Cholera in India, 1862 to 1881
Year: 1862
Disease focus: Cholera
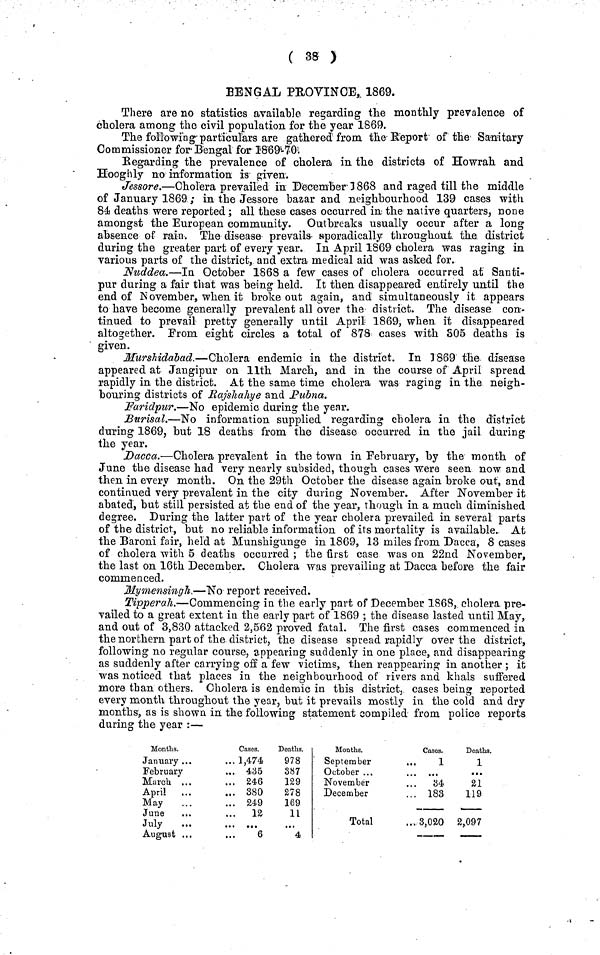
( 38 )
BENGAL PROVINCE, 1869.
There are no statistics available regarding the monthly prevalence of
cholera among the civil population for the year 1869.
The following particulars are gathered from the Report of the Sanitary
Commissioner for Bengal for 1869-70
Regarding the prevalence of cholera in the districts of Howrah and
Hooghly no information is given.
Jessore.—Cholera prevailed in December 3 868 and raged till the middle
of January 1869 ; in the Jessore bazar and neighbourhood 139 cases with
84 deaths were reported ; all these cases occurred in the native quarters, none
amongst the European community. Outbreaks usually occur after a long
absence of rain. The disease prevails sporadically throughout the district
during the greater part of every year. In April 1869 cholera was raging in
various parts of the district, and extra medical aid was asked for.
Nuddea.—In October 1868 a few cases of cholera occurred at Santi-
pur during a fair that was being held. It then disappeared entirely until the
end of November, when it broke out again, and simultaneously it appears
to have become generally prevalent all over the district. The disease con-
tinued to prevail pretty generally until April 1869, when it disappeared
altogether. From eight circles a total of 878 cases with S05 deaths is
given.
Murshidabad.—Cholera endemic in the district. In 1869 the disease
appeared at Jangipur on llth March, and in the course of April spread
rapidly in the district. At the same time cholera was raging in the neigh-
bouring districts of Rajshahye and Pubna.
Faridpur.—No epidemic during the year.
Burisal.—No information supplied regarding cholera in the district
during 1869, but 18 deaths from the disease occurred in the jail during
the year.
Dacca.—Cholera prevalent in the town in February, by the month of
June the disease had very nearly subsided, though cases were seen now and
then in every month. On the 29th October the disease again broke out, and
continued very prevalent in the city during November. After November it
abated, but still persisted at the end of the year, though in a much diminished
degree. During the latter part of the year cholera prevailed in several parts
of the district·, but no reliable information of its mortality is available. At
the Baroni fair, held at Munshigunge in 1869, 13 miles from Dacca, 8 cases
of cholera with 5 deaths occurred ; the first case was on 22nd November,
the last on 16th December. Cholera was prevailing at Dacca before the fair
commenced.
Mymensingh.—No report received.
Tipperah.—Commencing in the early part of December 1868, cholera, pre-
vailed to a great extent in the early part of 1869 ; the disease lasted until May,
and out of 3,830 attacked 2,562 proved fatal. The first cases commenced in
the northern part of the district, the disease spread rapidly over the district,
following no regular course, appearing suddenly in one place, and disappearing
as suddenly after carrying off a few victims, then reappearing in another ; it
was noticed that places in the neighbourhood of rivers and khals suffered
more than others. Cholera is endemic in this district, cases being reported
every month throughout the year, but it prevails mostly in the cold and dry
months, as is shown in the following statement compiled from police reports
during the year :—
Months.
January ...
February
March
April
May
June
July
August
Cases.
1,474
4,35
246
380
249
12
. . .
6
Deaths.
978
387
129
278
169
11
...
4
Months.
September
...
October ...
November
December
Total
Cases.
1
. . .
84
183
3,020
Deaths.
1
...
21
119
2,097